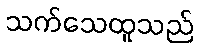
သက်သေထူသည်